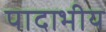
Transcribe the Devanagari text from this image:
पादाभीय